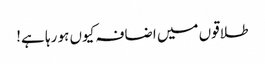
طلاقوں میں اضافہ کیوں ہو رہا ہے!